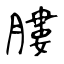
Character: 膢